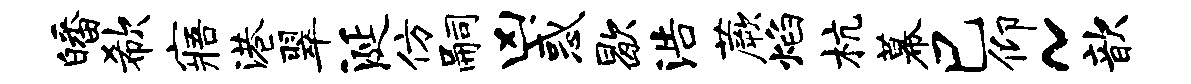
皤欷寤港翠涎仿嗣凶惑歇浩蕨焰杭幕巳仰~歆